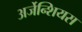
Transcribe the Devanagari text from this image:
अर्जेन्शियस